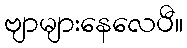
ဗျာများနေလေပီ။